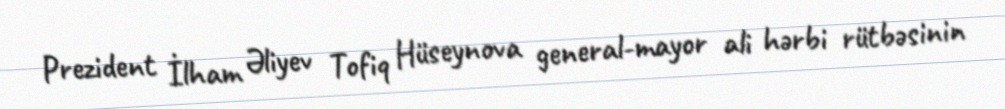
Prezident İlham Əliyev Tofiq Hüseynova general-mayor ali hərbi rütbəsinin